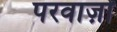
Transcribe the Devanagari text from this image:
परवाज़ों